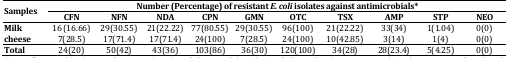
<table><thead><tr><td rowspan="2"><b>Samples</b></td><td colspan="10"><b>Number (Percentage) of resistant <i>E. coli </i>isolates against antimicrobials*</b></td></tr><tr><td><b>CFN</b></td><td><b>NFN </b></td><td><b>NDA </b></td><td><b>CPN </b></td><td><b>GMN</b></td><td><b>OTC </b></td><td><b>TSX </b></td><td><b>AMP </b></td><td><b>STP </b></td><td><b>NEO</b></td></tr></thead><tbody><tr><td><b>Milk</b></td><td>16 (16.66)</td><td>29(30.55)</td><td>21(22.22)</td><td>77(80.55)</td><td>29(30.55)</td><td>96(100)</td><td>21(22.22)</td><td>33(34)</td><td>1(1.04)</td><td>0(0)</td></tr><tr><td><b>cheese</b></td><td>7(28.5)</td><td>17(71.4)</td><td>17(71.4)</td><td>24(100)</td><td>7(28.5)</td><td>24(100)</td><td>10(42.85)</td><td>3(14)</td><td>1(4)</td><td>0(0)</td></tr></tbody></table>